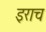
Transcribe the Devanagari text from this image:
इराच